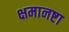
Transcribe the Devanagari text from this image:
क्षमानष्टा